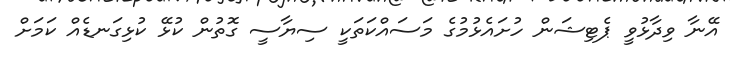
އޭނާ ވިދާޅުވީ ޕެޓިޝަން ހުށައެޅުމުގެ މަސައްކަތަކީ ސިޔާސީ ގޮތުން ކުޅޭ ކުޅިގަނޑެއް ކަމަށް